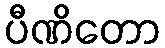
ပီဏိတော